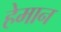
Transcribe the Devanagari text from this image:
हेमान